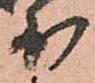
少